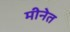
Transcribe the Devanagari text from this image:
मीनेत